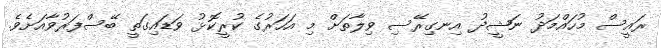
ރައީސް މުހައްމަދު ނަޝީދު އިނގިރޭސި ވިލާތަށް މި އަހަރުގެ ކުރީކޮޅު ވަޑައިގަތީ ބޭސްފަރުވާއަށެވެ.